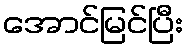
အောင်မြင်ပြီး